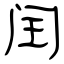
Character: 闰